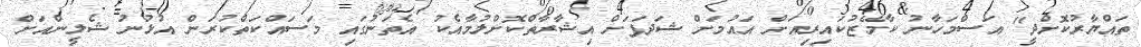
ތައްޔާރުކޮށްދީ" އަސްމަހާނު ކާމޭޒުކައިރިއަށް އައުމަށް ޝަދަފަށް އިޝާރާތްކޮށްލުމާއެކު އެތަނުގައި މަސައްކަތްކުރަން އުޅުނު ޝެލީންއަށް